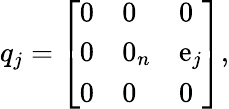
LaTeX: q_{j}={\left[\begin{array}{lll}{0}&{0}&{0}\\ {0}&{0_{n}}&{\operatorname{e}_{j}}\\ {0}&{0}&{0}\end{array}\right]},